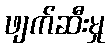
ဖျက်ဆီးမှု